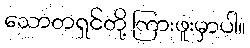
သောတရှင်တို့ ကြားဖူးမှာပါ။